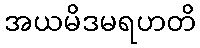
အယမိဒမရဟတိ